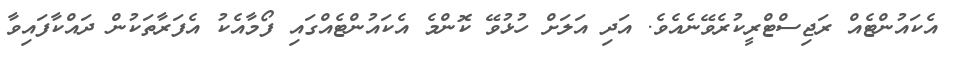
އެކައުންޓެއް ރަޖިސްޓްރީކުރެވޭނެއެވެ. އަދި އަލަށް ހުޅުވޭ ކޮންމެ އެކައުންޓެއްގައި ފޯމާއެކު އެފަރާތަކުން ދައްކާފައިވާ